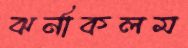
ঝর্নাকলম